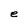
Character: e